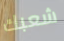
شعبك